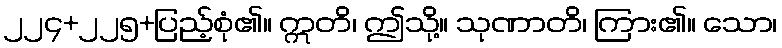
၂၂၄+၂၂၅+ပြည့်စုံ၏။ ဣတိ၊ ဤသို့။ သုဏာတိ၊ ကြား၏။ သော၊